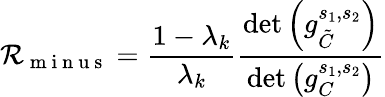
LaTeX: \mathcal{R}_{\mathrm{{~m~i~n~u~s~}}}=\frac{{1-\lambda_{k}}}{{\lambda_{k}}}\frac{{\operatorname*{det}\left(g_{\tilde{{C}}}^{s_{1},s_{2}}\right)}}{{\operatorname*{det}\left(g_{C}^{s_{1},s_{2}}\right)}}